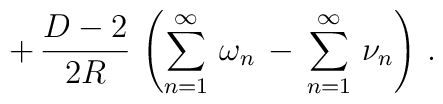
\,+\,\frac{D-2}{2R}\,\left(\sum_{n=1}^{\infty}\,\omega_n\,-\,\sum_{n=1}^{\infty}\,\nu_n\right)\,{.}